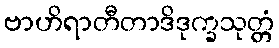
ဗာဟိရာတီတာဒိဒုက္ခသုတ္တံ